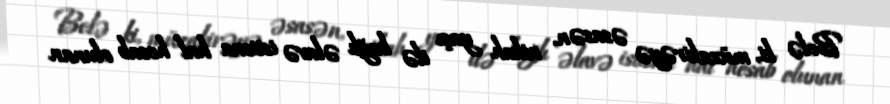
Belə ki, müzakirəyə əsasən, nikah yaşı ilə bağlı əlavə istisna hal hesab olunan